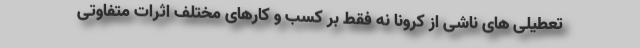
تعطیلی های ناشی از کرونا نه فقط بر کسب و کارهای مختلف اثرات متفاوتی